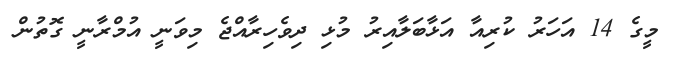
މީގެ 14 އަހަރު ކުރިއާ އަޅާބަލާއިރު މުޅި ދިވެހިރާއްޖެ މިވަނީ އުމްރާނީ ގޮތުން